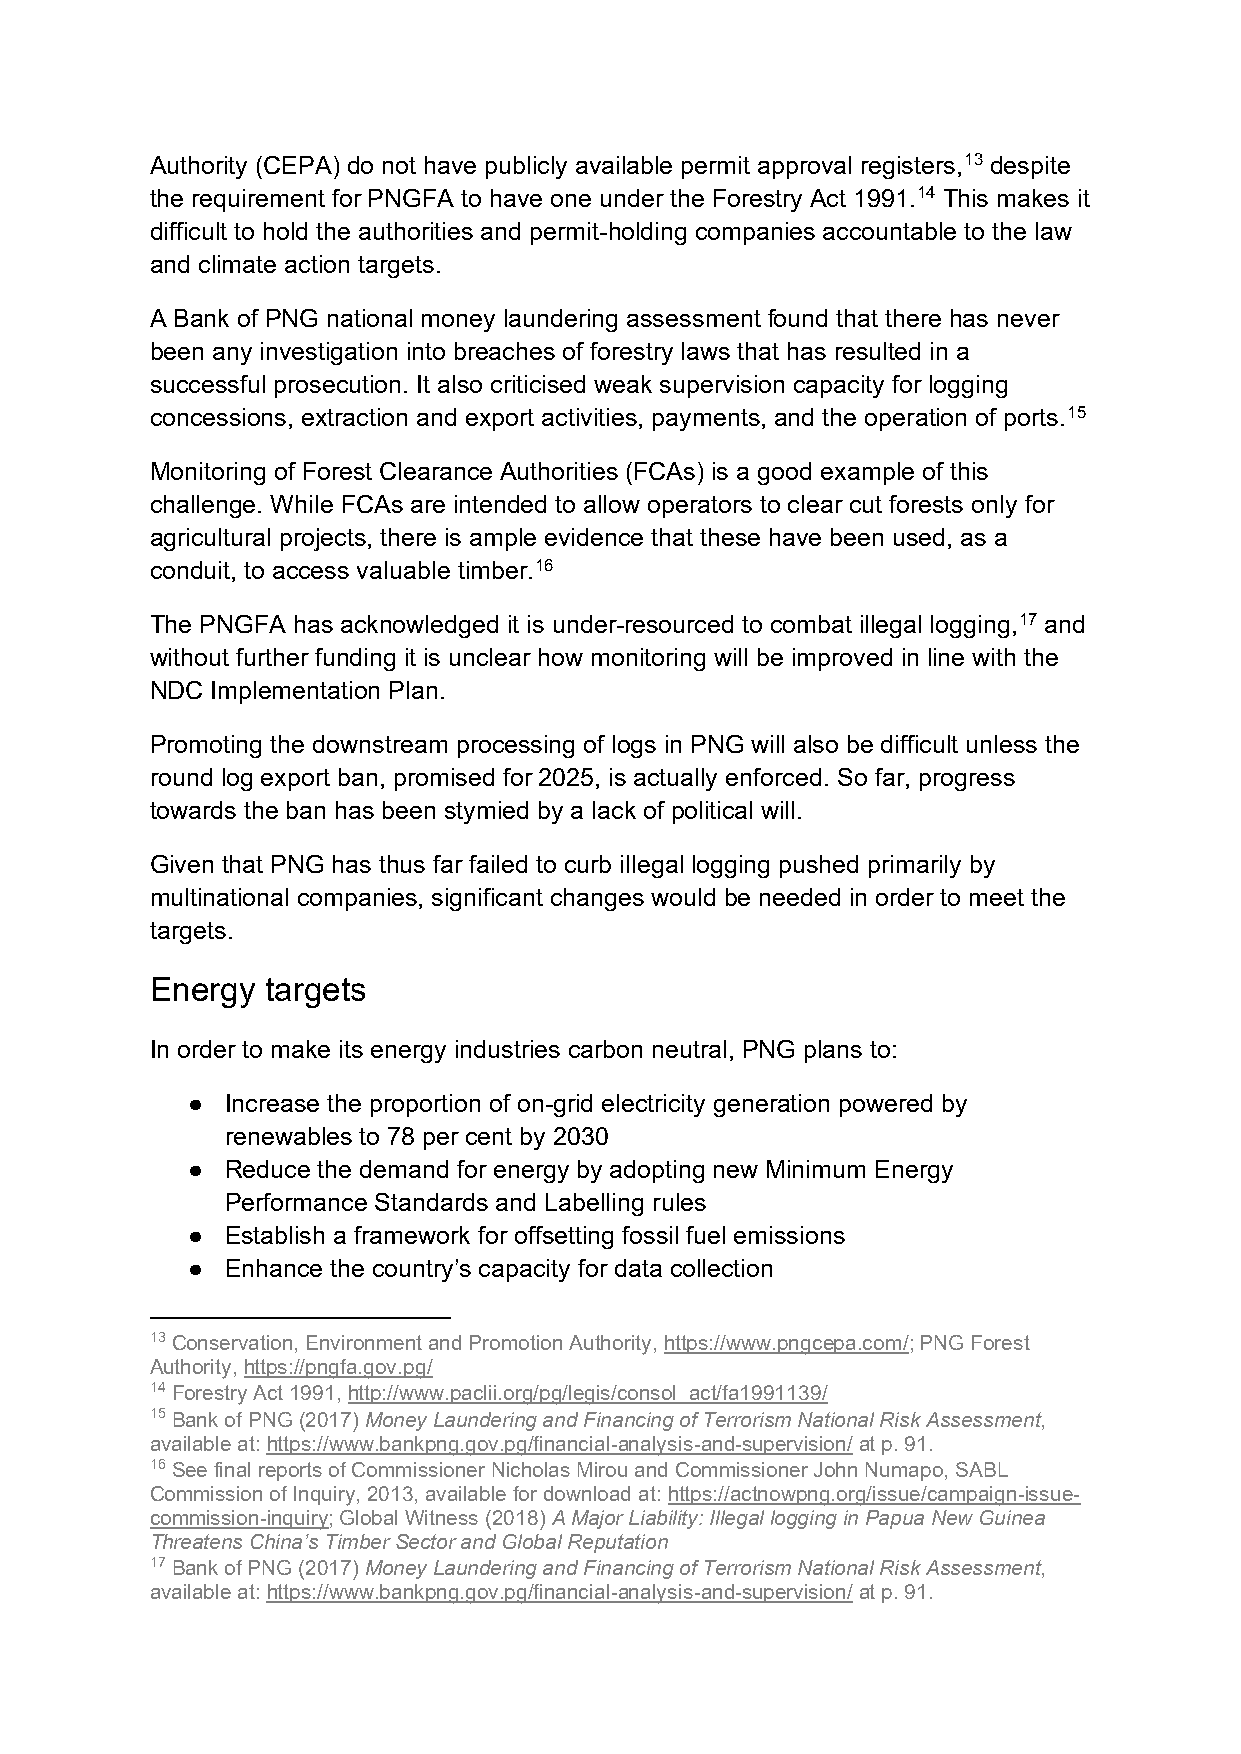
Authority (CEPA) do not have publicly available permit approval registers,13 despite
 the requirement for PNGFA to have one under the Forestry Act 1991.14 This makes it
 difficult to hold the authorities and permit-holding companies accountable to the law
 and climate action targets.
 A Bank of PNG national money laundering assessment found that there has never
 been any investigation into breaches of forestry laws that has resulted in a
 successful prosecution. It also criticised weak supervision capacity for logging
 concessions, extraction and export activities, payments, and the operation of ports.15
 Monitoring of Forest Clearance Authorities (FCAs) is a good example of this
 challenge. While FCAs are intended to allow operators to clear cut forests only for
 agricultural projects, there is ample evidence that these have been used, as a
 conduit, to access valuable timber.16
 The PNGFA has acknowledged it is under-resourced to combat illegal logging,17 and
 without further funding it is unclear how monitoring will be improved in line with the
 NDC Implementation Plan.
 Promoting the downstream processing of logs in PNG will also be difficult unless the
 round log export ban, promised for 2025, is actually enforced. So far, progress
 towards the ban has been stymied by a lack of political will.
 Given that PNG has thus far failed to curb illegal logging pushed primarily by
 multinational companies, significant changes would be needed in order to meet the
 targets.
 Energy  targets
 In order to make its energy industries carbon neutral, PNG plans to:
 ●  Increase the proportion of on-grid electricity generation powered by
 renewables to 78 per cent by 2030
 ●  Reduce the demand for energy by adopting new Minimum Energy
 Performance Standards and Labelling rules
 ●  Establish a framework for offsetting fossil fuel emissions
 ●  Enhance the country’s capacity for data collection
 13 Conservation, Environment and Promotion Authority, https://www.pngcepa.com/; PNG Forest
 Authority, https://pngfa.gov.pg/
 14 Forestry Act 1991, http://www.paclii.org/pg/legis/consol_act/fa1991139/
 15 Bank of PNG (2017) Money Laundering and Financing of Terrorism National Risk Assessment,
 available at: https://www.bankpng.gov.pg/financial-analysis-and-supervision/ at p. 91.
 16 See final reports of Commissioner Nicholas Mirou and Commissioner John Numapo, SABL
 Commission of Inquiry, 2013, available for download at: https://actnowpng.org/issue/campaign-issue-
 commission-inquiry; Global Witness (2018) A Major Liability: Illegal logging in Papua New Guinea
 Threatens China’s Timber Sector and Global Reputation
 17 Bank of PNG (2017) Money Laundering and Financing of Terrorism National Risk Assessment,
 available at: https://www.bankpng.gov.pg/financial-analysis-and-supervision/ at p. 91.